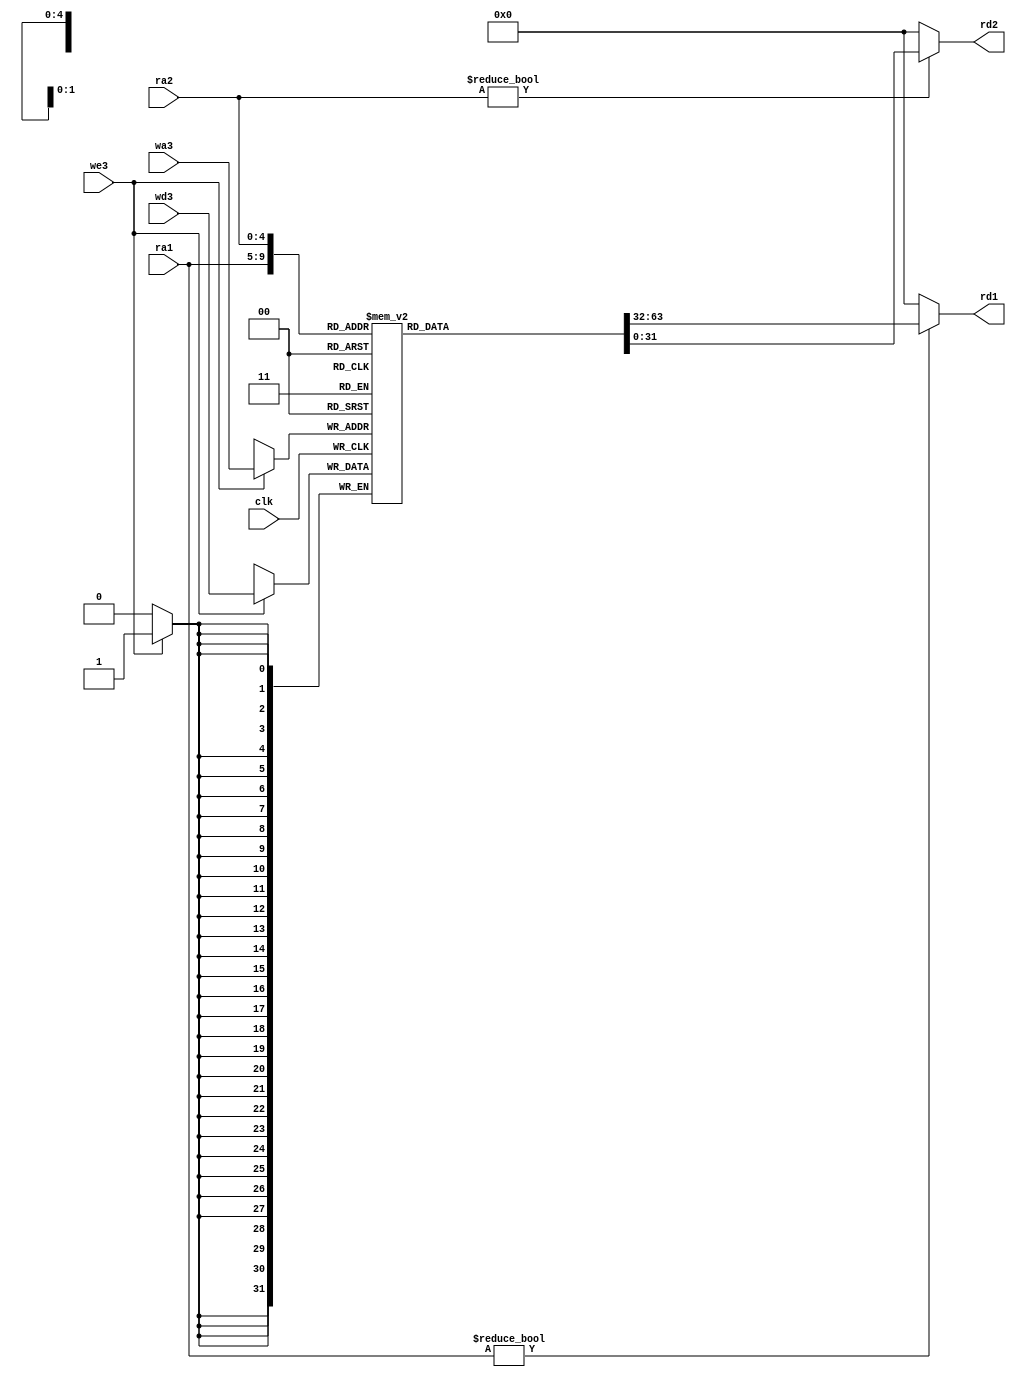
module regfile(input         clk,
               input         we3,
               input  [4:0]  ra1, ra2, wa3,
               input  [31:0] wd3,
               output [31:0] rd1, rd2);

  reg [31:0] rf[31:0];

  always @(posedge clk)
    if (we3) rf[wa3] <= wd3;

  assign rd1 = (ra1 != 0) ? rf[ra1] : 0;
  assign rd2 = (ra2 != 0) ? rf[ra2] : 0;
endmodule

module adder(input  [31:0] a, b,
             output [31:0] y);

  assign y = a + b;
endmodule

module sl2(input  [31:0] a,
           output [31:0] y);

  // shift left by 2
  assign y = {a[29:0], 2'b00};
endmodule

module signext(input  [15:0] a,
               input [5:0] op,
               output [31:0] y);

  assign y = (op == 6'b001101) ? {16'b0, a} : {{16{a[15]}}, a};
endmodule

module flopr #(parameter WIDTH = 8)
              (input              clk, reset,
               input  [WIDTH-1:0] d,
               output reg [WIDTH-1:0] q);

  always @(posedge clk, posedge reset)
    if (reset) q <= 0;
    else       q <= d;
endmodule

module flopenr #(parameter WIDTH = 8)
                (input              clk, reset,
                 input              en,
                 input  [WIDTH-1:0] d,
                 output reg [WIDTH-1:0] q);

  always @(posedge clk, posedge reset)
    if      (reset) q <= 0;
    else if (en)    q <= d;
endmodule

module mux2 #(parameter WIDTH = 8)
             (input  [WIDTH-1:0] d0, d1,
              input              s,
              output [WIDTH-1:0] y);

  assign y = s ? d1 : d0;
endmodule